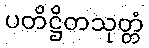
ပတိဋ္ဌိတသုတ္တံ